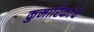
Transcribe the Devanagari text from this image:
कुमारिकांचे